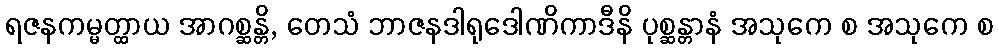
ရဇနကမ္မတ္ထာယ အာဂစ္ဆန္တိ, တေသံ ဘာဇနဒါရုဒေါဏိကာဒီနိ ပုစ္ဆန္တာနံ အသုကေ စ အသုကေ စ